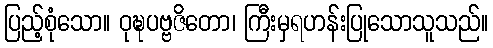
ပြည့်စုံသော။ ဝုဍ္ဎပဗ္ဗဇိတော၊ ကြီးမှရဟန်းပြုသောသူသည်။